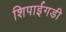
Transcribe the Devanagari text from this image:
शिपाईगडी